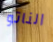
الناتو